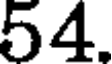
54.